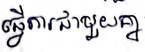
ធ្វើការជាមួយគ្នា